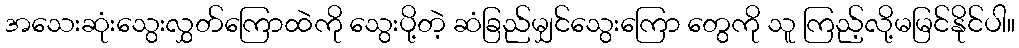
အသေးဆုံးသွေးလွှတ်ကြောထဲကို သွေးပို့တဲ့ ဆံခြည်မျှင်သွေးကြော တွေကို သူ ကြည့်လို့မမြင်နိုင်ပါ။